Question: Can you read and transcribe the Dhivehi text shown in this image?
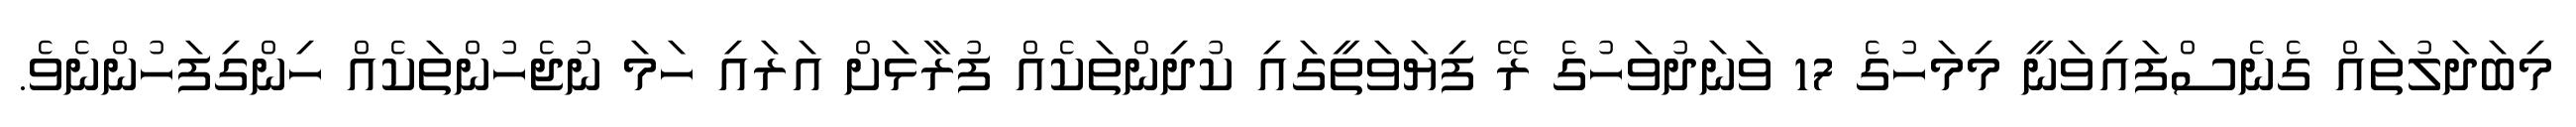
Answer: މިބަދަލުތައް ގެނެސްފައިވަނީ މިމަހުގެ 17 ވަނަދުވަހުގެ ރޭ ފިޔަވަތީގައި ކުދިންތަކެއް ފުރާޅަށް އަރައި ހަމަ ނުޖެހުންތަކެއް ހިންގިފަހުންނެވެ.